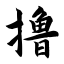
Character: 撸